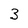
Character: 3